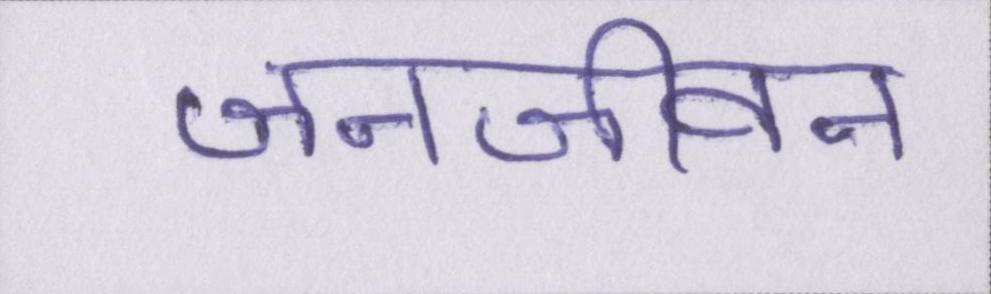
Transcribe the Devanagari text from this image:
जनजीवन